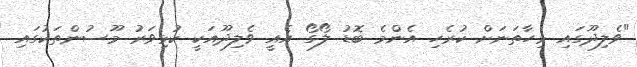
"ވެލިދޫގައި މިހާތަނަށް ކުރެހި އެންމެ ބޮޑު ލޯގޯ އެއީ ވެލިދޫއަކީ ކުޅިވަރު މޫސުންތަކުގައި